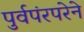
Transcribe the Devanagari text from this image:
पुर्वपंरपरेने